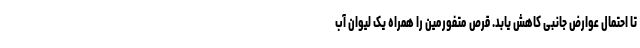
تا احتمال عوارض جانبی کاهش یابد. قرص متفورمین را همراه یک لیوان آب